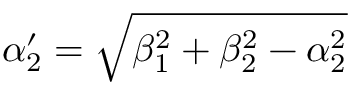
\alpha _ { 2 } ^ { \prime } = \sqrt { \beta _ { 1 } ^ { 2 } + \beta _ { 2 } ^ { 2 } - \alpha _ { 2 } ^ { 2 } }